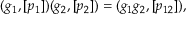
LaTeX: ( g _ { 1 } , [ p _ { 1 } ] ) ( g _ { 2 } , [ p _ { 2 } ] ) = ( g _ { 1 } g _ { 2 } , [ p _ { 1 2 } ] ) ,